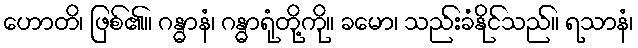
ဟောတိ၊ ဖြစ်၏။ ဂန္ဓာနံ၊ ဂန္ဓာရုံတို့ကို။ ခမော၊ သည်းခံနိုင်သည်။ ရသာနံ၊